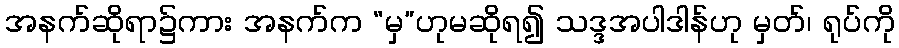
အနက်ဆိုရာ၌ကား အနက်က “မှ”ဟုမဆိုရ၍ သဒ္ဒအပါဒါန်ဟု မှတ်၊ ရုပ်ကို